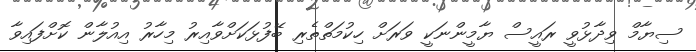
ސިޔާމް ވިދާޅުވީ ރައީސް ޔާމީންނަކީ ވަރަށް ހިކުމަތްތެރި ބޭފުޅަކަށްވާއިރު މިހާރު އިއުލާން ކޮށްފައިވާ